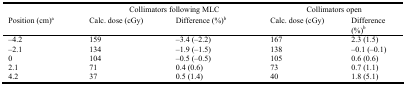
<table><thead><tr><td></td><td colspan="2"><b>Collimators following MLC</b></td><td colspan="2"><b>Collimators open</b></td></tr><tr><td><b>Position (cm)<sup>a</sup></b></td><td><b>Calc. dose (cGy)</b></td><td><b>Difference (%)<sup>b</sup></b></td><td><b>Calc. dose (cGy)</b></td><td><b>Difference (%)<sup>b</sup></b></td></tr></thead><tbody><tr><td>–4.2</td><td>159</td><td>–3.4 (–2.2)</td><td>167</td><td>2.3 (1.5)</td></tr><tr><td>–2.1</td><td>134</td><td>–1.9 (–1.5)</td><td>138</td><td>–0.1 (–0.1)</td></tr><tr><td>0</td><td>104</td><td>–0.5 (–0.5)</td><td>105</td><td>0.6 (0.6)</td></tr><tr><td>2.1</td><td>71</td><td>0.4 (0.6)</td><td>73</td><td>0.7 (1.1)</td></tr><tr><td>4.2</td><td>37</td><td>0.5 (1.4)</td><td>40</td><td>1.8 (5.1)</td></tr></tbody></table>